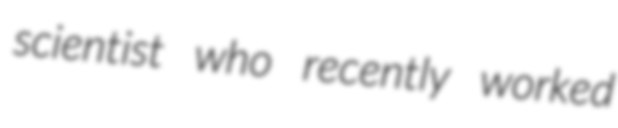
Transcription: scientist who recently worked